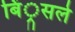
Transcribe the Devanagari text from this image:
बिं्रसले